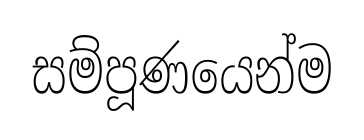
සම්පූණයෙන්ම